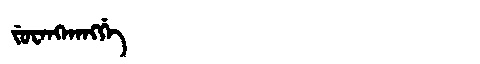
Manchu: ᠵᡠᠸᠠᠩᡴᠠᠩᡤᡝ
Romanization: JUWANGKANGGE